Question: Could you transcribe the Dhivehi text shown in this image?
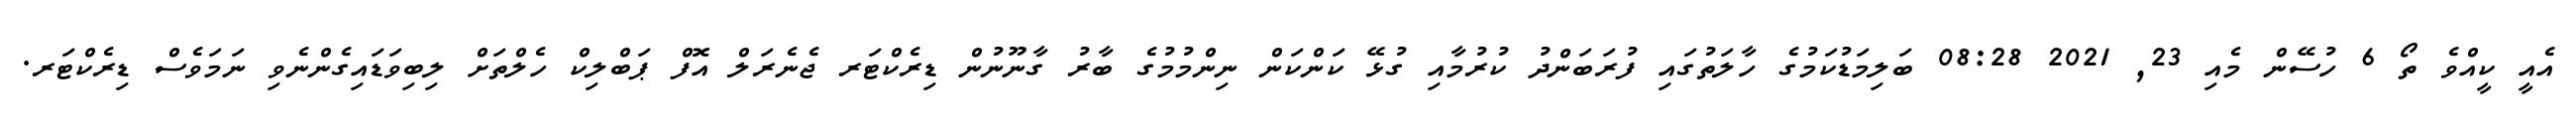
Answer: އެއީ ކީއްވެ ތޯ 6 ހުސޭން މެއި 23, 2021 08:28 ބަލިމަޑުކަމުގެ ހާލަތުގައި ފުރަބަންދު ކުރުމާއި ގުޅޭ ކަންކަން ނިންމުމުގެ ބާރު ގާނޫނުން ޑިރެކްޓަރ ޖެނެރަލް އޮފް ޕަބްލިކް ހެލްތަށް ލިބިވަޑައިގެންނެވި ނަމަވެސް ޑިރެކްޓަރ.